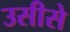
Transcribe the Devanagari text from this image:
उसीसे